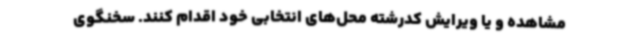
مشاهده و یا ویرایش کدرشته محل‌های انتخابی خود اقدام کنند. سخنگوی